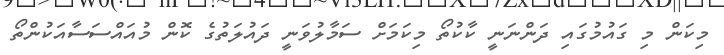
މިކަން މި ގައުމުގައި ދަންނަނީ ކާކުތޯ މިކަމަށް ސަމާލުވަނީ ދައުލަތުގެ ކޮން މުއައްސަސާއަކުންތޯ